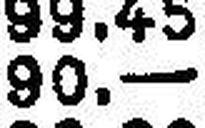
90.—